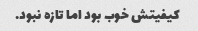
کیفیتش خوب بود اما تازه نبود.